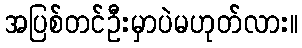
အပြစ်တင်ဦးမှာပဲမဟုတ်လား။